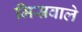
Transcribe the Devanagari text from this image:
मिस्रवाले